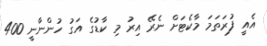
އެއީ ފުރަތަމަ މާކެޓަށް ނެރޭ އިރު މި ކާޑުގެ އަގު ހުންނާނީ 400